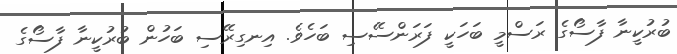
ބުރުކީނާ ފާސޯގެ ރަސްމީ ބަހަކީ ފަރަންސޭސި ބަހެވެ. އިނގިރޭސި ބަހުން ބުރުކީނާ ފާސޯގެ